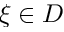
\xi \in D